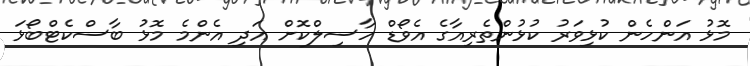
މޮޅު އަންހެން ކުޅިވަރު ކުޅުންތެރިއާގެ އެވޯޑް ހާސިލްކޮށް އަދި އެންމެ މޮޅު ބާސްކެޓްބޯޅަ